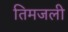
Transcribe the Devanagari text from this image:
तिमजली